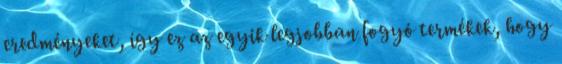
eredményeket, így ez az egyik legjobban fogyó termékek, hogy